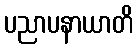
ပညာပနာယာတိ